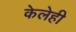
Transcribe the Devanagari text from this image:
केलेही